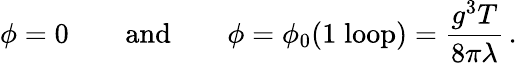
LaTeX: \phi=0\qquad\mathrm{and}\qquad\phi=\phi_{0}(1\; \mathrm{loop})=\frac{g^{3}T}{8\pi\lambda}\, .